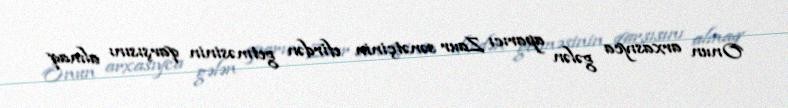
Onun arxasıyca gələn aparıcı Zaur sənətçinin efirdən getməsinin qarşısını almaq